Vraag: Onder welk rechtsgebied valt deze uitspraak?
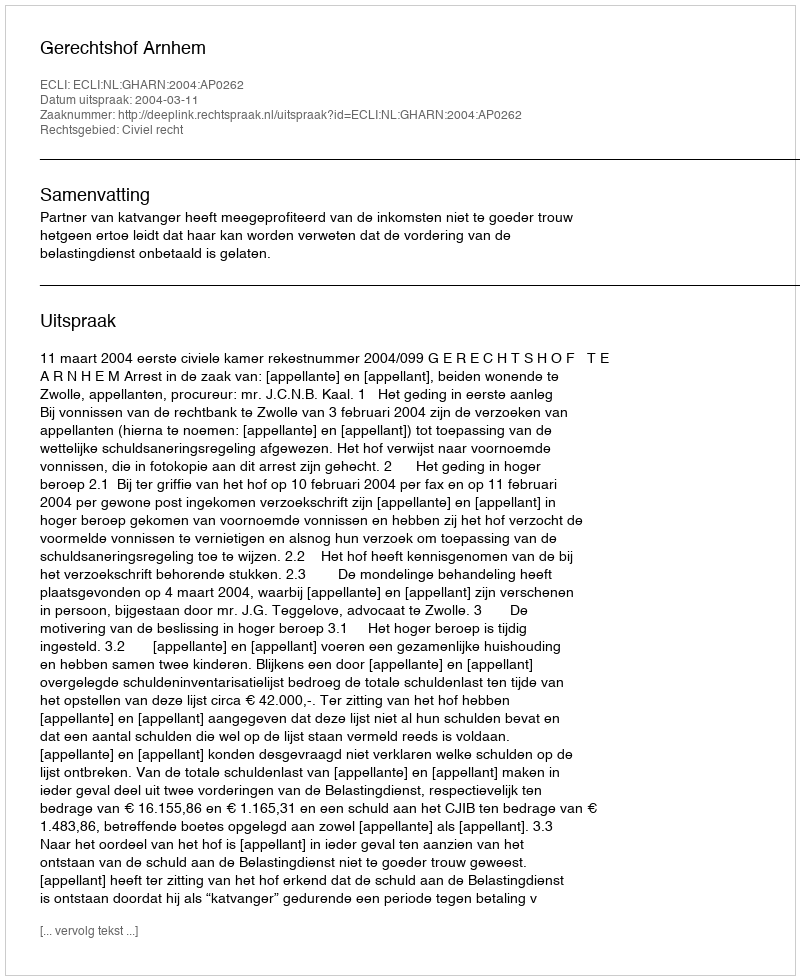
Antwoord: Civiel recht